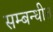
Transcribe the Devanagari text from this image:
सम्‍बन्‍धीत